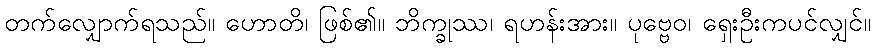
တက်လျှောက်ရသည်။ ဟောတိ၊ ဖြစ်၏။ ဘိက္ခုဿ၊ ရဟန်းအား။ ပုဗ္ဗေဝ၊ ရှေးဦးကပင်လျှင်။